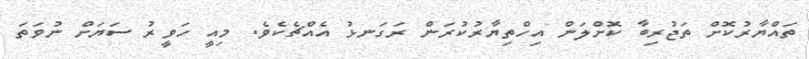
ތައްޔާރުކޮށް ތަޖުރިބާ ކޮށްލަން އިހްތިޔާރުކުރަން ރަގަނޅު އެއްޗެކެވެ. މިއީ ހަވީރު ސަޔަށް ނުވަތަ